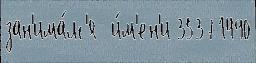
зан'има́лс'я  и́м'ен'и 35371490